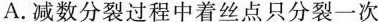
A.减数分裂过程中着丝点只分裂一次